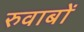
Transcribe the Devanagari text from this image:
रुवाबों